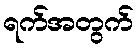
ရက်အတွက်